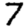
Digit: 7